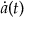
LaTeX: { \dot { a } } ( t )